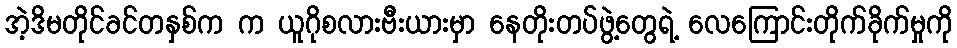
အဲ့ဒိမတိုင်ခင်တနှစ်က က ယူဂိုစလားဗီးယားမှာ နေတိုးတပ်ဖွဲ့တွေရဲ့ လေကြောင်းတိုက်ခိုက်မှုကို